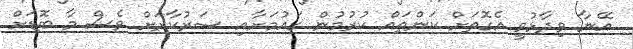
އޭނާ ވިދާޅުވީ އެގޮތަށް ކަންތައް ކުރުމުން ގައުމަށާއި ސަރުކާރަށް ވެސް މާ ބޮޑަށް